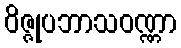
ဝိဇ္ဇုပဘာသဝဏ္ဏာ